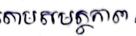
តាមសមត្ថភាព